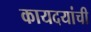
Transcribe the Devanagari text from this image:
कायदयांची